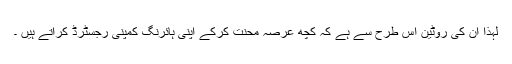
لہٰذا ان کی روٹین اس طرح سے ہے کہ کچھ عرصہ محنت کرکے اپنی ہائرنگ کمپنی رجسٹرڈ کراتے ہیں ۔